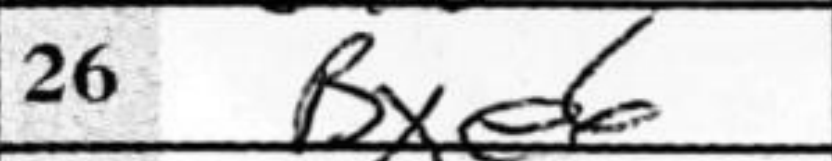
Transcription: Bxe6